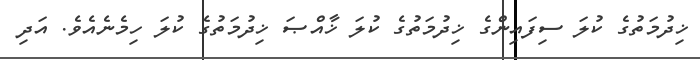
ޚިދުމަތުގެ ކުލަ ސިފައިންގެ ޚިދުމަތުގެ ކުލަ ޚާއްޞަ ޚިދުމަތުގެ ކުލަ ހިމެނެއެވެ. އަދި